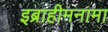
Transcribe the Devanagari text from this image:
इब्राहीमनामा